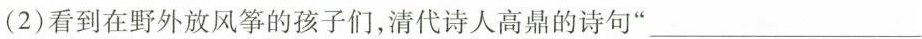
(2)看到在野外放风筝的孩子们，清代诗人高鼎的诗句“___